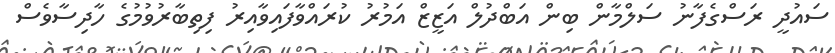
ސައުދީ ރަސްގެފާނު ސަލްމާން ބިން އަބްދުލް އަޒީޒް އަމުރު ކުރައްވާފައިވާއިރު ފިތިބާރުވުމުގެ ހާދިސާވެސް